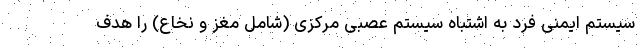
سیستم ایمنی فرد به اشتباه سیستم عصبی مرکزی (شامل مغز و نخاع) را هدف